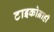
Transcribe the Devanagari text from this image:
टाइकोब्राही